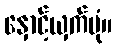
နှောင့်ယှက်ပုံ။